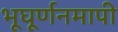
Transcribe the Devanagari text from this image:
भूघूर्णनमापी